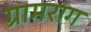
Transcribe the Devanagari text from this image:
ग्रामराग